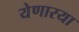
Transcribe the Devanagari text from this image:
येणारया